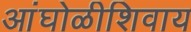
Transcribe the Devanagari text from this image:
आंघोळीशिवाय